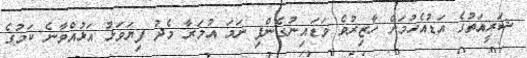
ޝަރީއަތުގެ އަޑުއެހުމަށް ހާޒިރުވެ ވަޑައިނުގެންފި ނަމަ އުމަރާ މެދު ފިޔަވަޅު އަޅުއްވާނެ ކަމުގެ